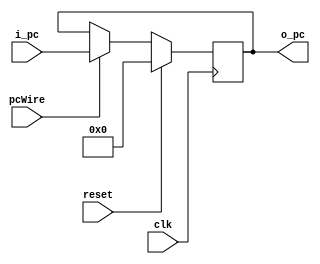

//////////////////////////////////////////////////////////////////////////////////
module pc(clk, i_pc, pcWire, reset, o_pc);
  input wire clk, pcWire, reset;
  input wire [31:0] i_pc;
  output reg [31:0] o_pc;
  always @(posedge clk) begin
    if (reset) begin
      o_pc = 0;
    end else if (pcWire) begin
      o_pc = i_pc;
    end else if (!pcWire) begin //
        o_pc = o_pc;
     end
  end
endmodule